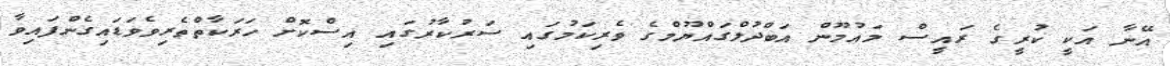
އޭނާ އަކީ ކުރީގެ ރައީސް މައުމޫން އަބްދުލްގައްޔޫމްގެ ވެރިކަމުގައި ސަރުކާރުގައި އިސްކޮށް ހަރަކާތްތެރިވެވަޑައިގެންފައިވާ